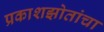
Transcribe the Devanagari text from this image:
प्रकाशझोतांचा